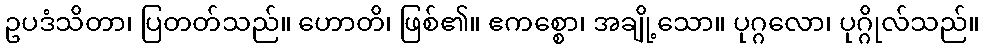
ဥပဒံသိတာ၊ ပြတတ်သည်။ ဟောတိ၊ ဖြစ်၏။ ဧကစ္စော၊ အချို့သော။ ပုဂ္ဂလော၊ ပုဂ္ဂိုလ်သည်။